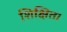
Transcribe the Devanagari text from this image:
शिक्षित।